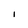
Character: i